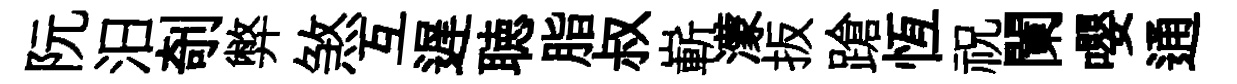
阮汨剞弊煞互遅聴脂叔嶄濛扳蹌恆祝闌嚶通